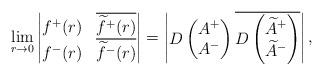
LaTeX: \begin{align*}\lim_{r\to 0} \begin{vmatrix}f^+(r) & \overline{\widetilde{f}^+(r)}\\f^-(r) & \overline{\widetilde{f}^-(r)}\end{vmatrix}= \begin{vmatrix}D\begin{pmatrix}A^+\\ A^-\end{pmatrix}\overline{D\begin{pmatrix}\widetilde A^+\\ \widetilde A^-\end{pmatrix}}\end{vmatrix},\end{align*}